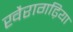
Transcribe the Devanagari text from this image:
खैरागढ़िया